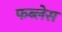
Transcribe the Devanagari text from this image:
फब्लेस